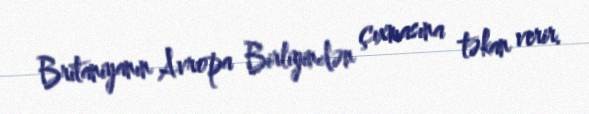
Britaniyanın Avropa Birliyindən çıxmasına təkan verir.